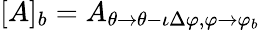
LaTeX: [A]_{b}=A_{\theta\rightarrow\theta-\iota\Delta\varphi,\varphi\rightarrow\varphi_{b}}